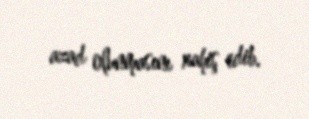
azad olunmasını xahiş edib.